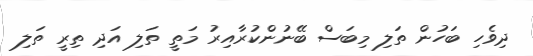
ދިވެހި ބަހުން ތަލި މިބަސް ބޭނުންކުރާއިރު މަތީ ތަލި އަދި ތިރީ ތަލި